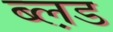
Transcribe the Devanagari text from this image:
ब्ल़ड